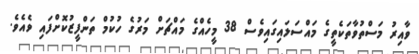
ވާއިރު މަސްތުވާތަކެތީގެ މައްސަލައިގައިވެސް 38 މީހެއްގެ މައްޗަށް މަރުގެ ހުކުމް ތަންފީޒުކޮށްފައި ވެއެވެ.